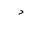
Letter: _dal